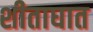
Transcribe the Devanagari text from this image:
शीताघात